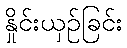
နှိုင်းယှဉ်ခြင်း